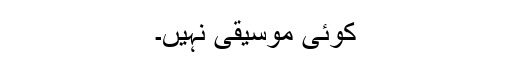
کوئی موسیقی نہیں۔